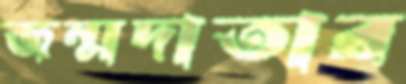
জন্মদাতার